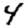
Digit: 4